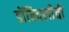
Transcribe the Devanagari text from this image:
डोंबिवलीची